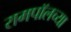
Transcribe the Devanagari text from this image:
रामपॉलच्या